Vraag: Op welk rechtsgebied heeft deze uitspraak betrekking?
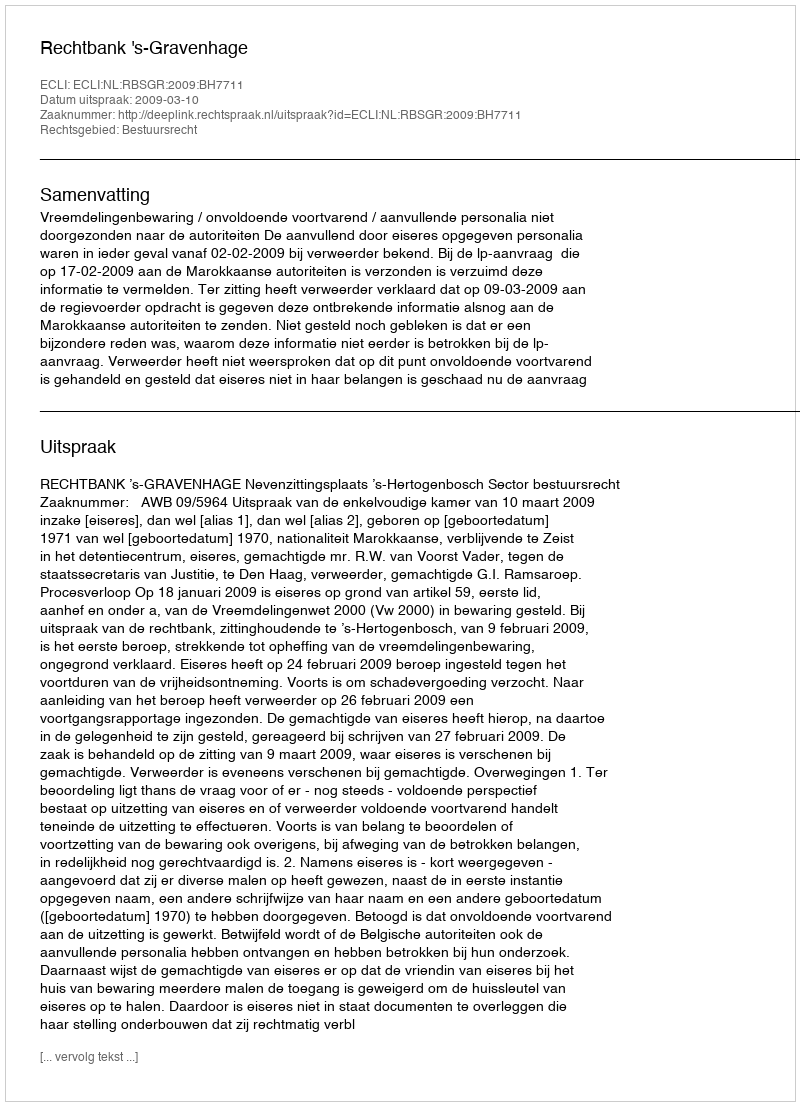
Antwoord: Bestuursrecht